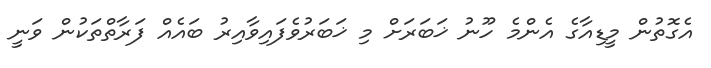
އެގޮތުން މީޑިއާގެ އެންމެ ހޫނު ޚަބަރަށް މި ޚަބަރުވެފައިވާއިރު ބައެއް ފަރާތްތަކުން ވަނީ